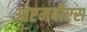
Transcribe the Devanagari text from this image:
ओएमबीएस